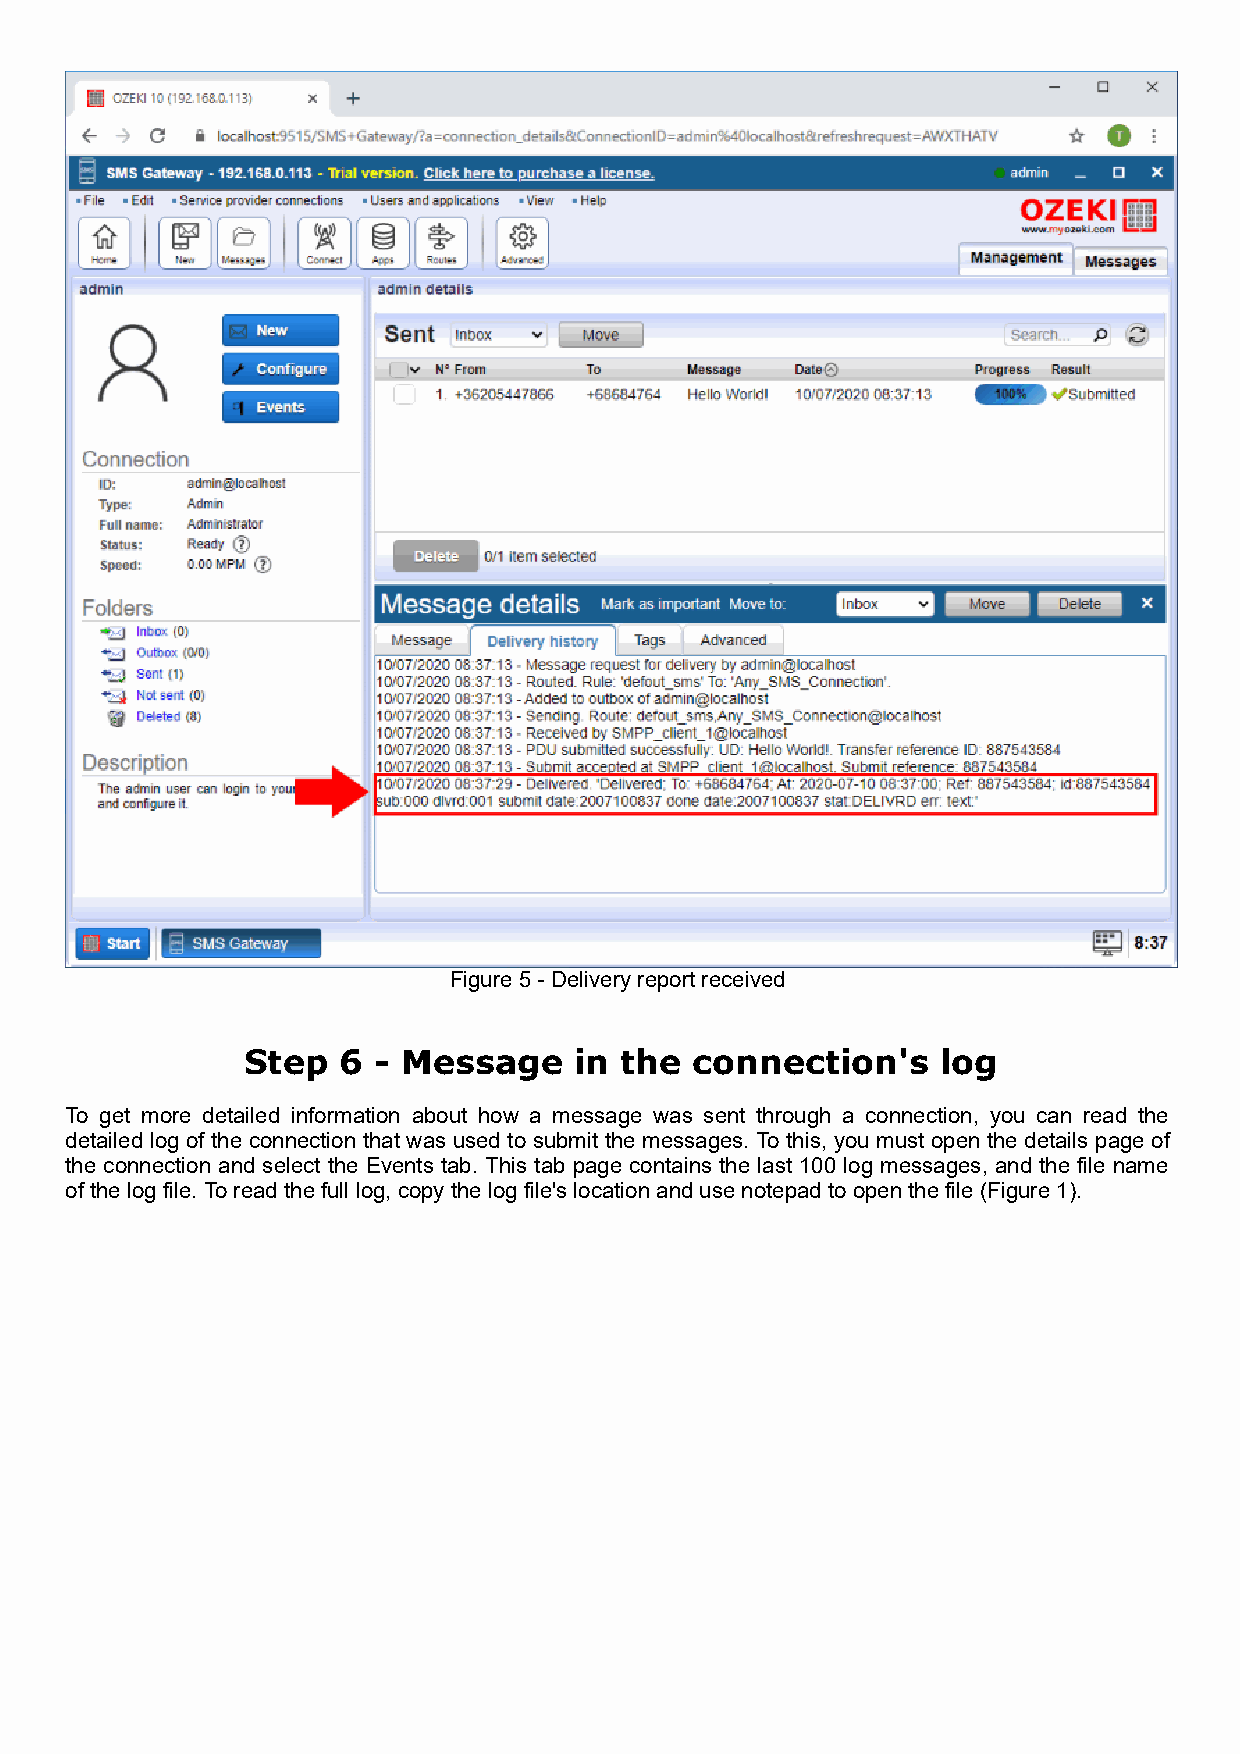
Figure 5 - Delivery report received
 Step  6  - Message    in the  connection's    log
 To get more detailed information about how a message was sent through a connection, you can read the
 detailed log of the connection that was used to submit the messages. To this, you must open the details page of
 the connection and select the Events tab. This tab page contains the last 100 log messages, and the file name
 of the log file. To read the full log, copy the log file's location and use notepad to open the file (Figure 1).